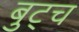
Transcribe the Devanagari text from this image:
बुट्च